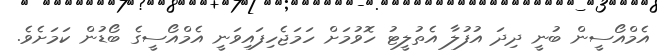
އެމްއޯސީން ބުނީ ދިދަ އުފުލާ އެތުލީޓު ހޮވުމަށް ހަމަޖެހިފައިވަނީ އެމްއޯސީގެ ބޯޑުން ކަމަށެވެ.